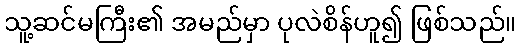
သူ့ဆင်မကြီး၏ အမည်မှာ ပုလဲစိန်ဟူ၍ ဖြစ်သည်။